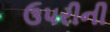
ઉપરીની